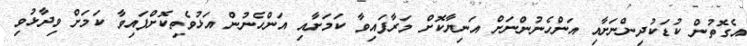
އެގޮތުން ކުޑަކުދިންނަށާއި އަންހެނުންނަށް އަނިޔާކޮށް މަރާފައިވާ ކަމަށާއި އަންހެނުން އަޅުވެތިކޮށްފައިވާ ކަމަށް ވިދާޅުވި